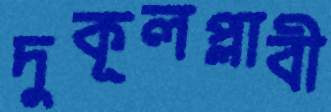
দুকূলপ্লাবী